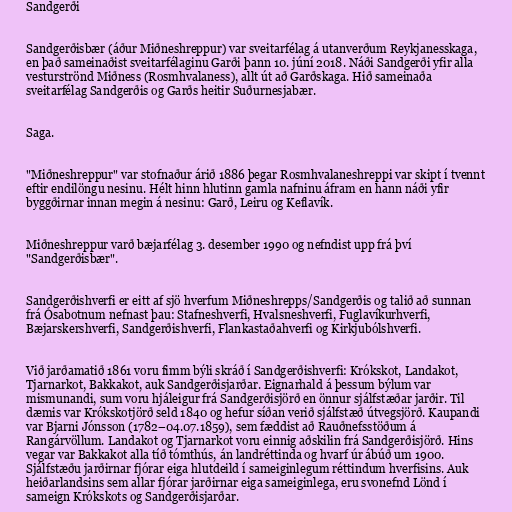
Sandgerði

Sandgerðisbær (áður Miðneshreppur) var sveitarfélag á utanverðum Reykjanesskaga,
en það sameinaðist sveitarfélaginu Garði þann 10. júní 2018. Náði Sandgerði yfir alla
vesturströnd Miðness (Rosmhvalaness), allt út að Garðskaga. Hið sameinaða
sveitarfélag Sandgerðis og Garðs heitir Suðurnesjabær.

Saga.

"Miðneshreppur" var stofnaður árið 1886 þegar Rosmhvalaneshreppi var skipt í tvennt
eftir endilöngu nesinu. Hélt hinn hlutinn gamla nafninu áfram en hann náði yfir
byggðirnar innan megin á nesinu: Garð, Leiru og Keflavík.

Miðneshreppur varð bæjarfélag 3. desember 1990 og nefndist upp frá því
"Sandgerðisbær".

Sandgerðishverfi er eitt af sjö hverfum Miðneshrepps/Sandgerðis og talið að sunnan
frá Ósabotnum nefnast þau: Stafneshverfi, Hvalsneshverfi, Fuglavíkurhverfi,
Bæjarskershverfi, Sandgerðishverfi, Flankastaðahverfi og Kirkjubólshverfi.

Við jarðamatið 1861 voru fimm býli skráð í Sandgerðishverfi: Krókskot, Landakot,
Tjarnarkot, Bakkakot, auk Sandgerðisjarðar. Eignarhald á þessum býlum var
mismunandi, sum voru hjáleigur frá Sandgerðisjörð en önnur sjálfstæðar jarðir. Til
dæmis var Krókskotjörð seld 1840 og hefur síðan verið sjálfstæð útvegsjörð. Kaupandi
var Bjarni Jónsson (1782–04.07.1859), sem fæddist að Rauðnefsstöðum á
Rangárvöllum. Landakot og Tjarnarkot voru einnig aðskilin frá Sandgerðisjörð. Hins
vegar var Bakkakot alla tíð tómthús, án landréttinda og hvarf úr ábúð um 1900.
Sjálfstæðu jarðirnar fjórar eiga hlutdeild í sameiginlegum réttindum hverfisins. Auk
heiðarlandsins sem allar fjórar jarðirnar eiga sameiginlega, eru svonefnd Lönd í
sameign Krókskots og Sandgerðisjarðar.